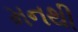
મનથી